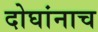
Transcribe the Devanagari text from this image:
दोघांनाच